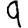
Digit: 9